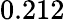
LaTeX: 0.212